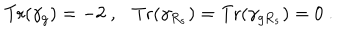
LaTeX: { \mathrm { T r } } ( \gamma _ { g } ) = - 2 ~ , { \mathrm { T r } } ( \gamma _ { R _ { s } } ) = { \mathrm { T r } } ( \gamma _ { g R _ { s } } ) = 0 ~ .